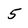
Character: 5